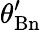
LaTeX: \theta_{\mathrm{Bn}}^{\prime}